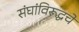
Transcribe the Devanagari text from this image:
संघांविरूद्धचे